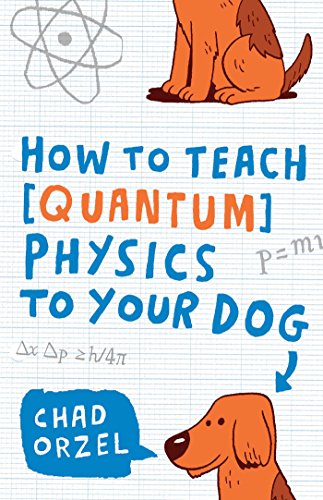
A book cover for How to Teach Quantum Physics to Your Dog; Chad Orzel; Humor & Entertainment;